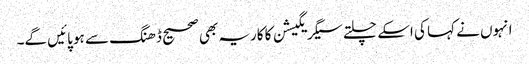
انہوں نے کہا کی اسکے چلتے سیگریگیشن کا کاریہ بھی صحیح ڈھنگ سے ہو پائیں گے۔